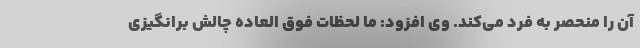
آن را منحصر به فرد می‌کند. وی افزود: ما لحظات فوق العاده چالش برانگیزی